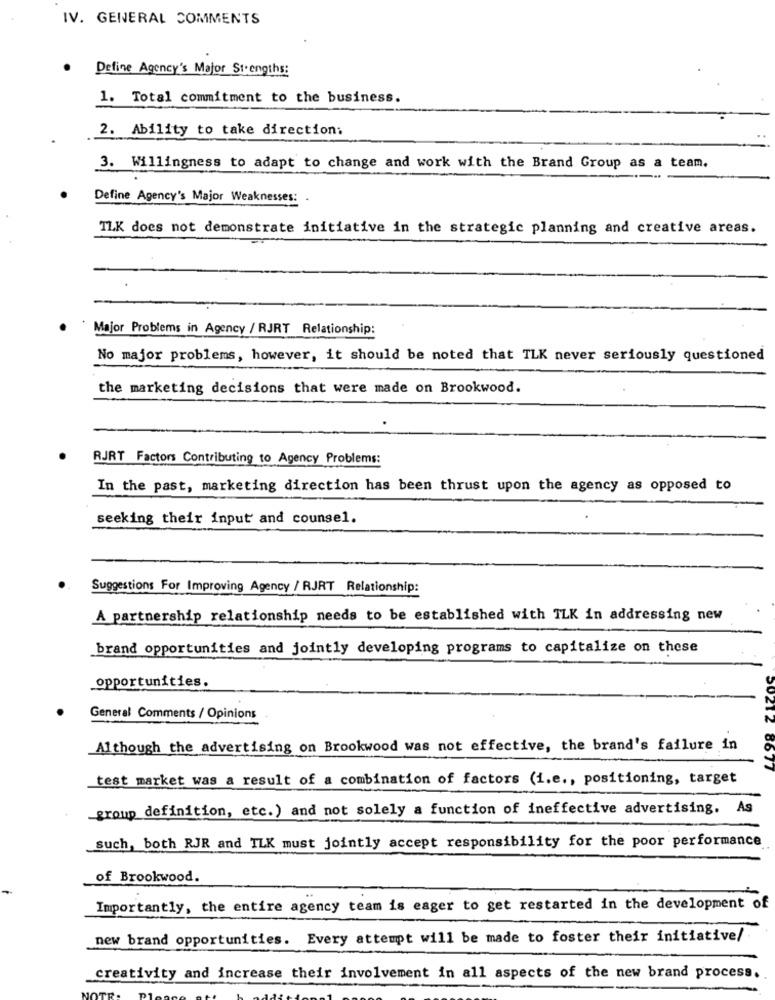
IV. GENERAL COMMENTS
.
Define Agency's Major Strengths:
1. Total commitment to the business.
2. Ability to take direction:
3. Willingness to adapt to change and work with the Brand Group as a team.
Define Agency's Major Weaknesses:
TLK does not demonstrate initiative in the strategic planning and creative areas.
Major Problems in Agency / RJRT Relationship:
No major problems, however, it should be noted that TLK never seriously questioned
the marketing decisions that were made on Brookwood.
RJRT Factors Contributing to Agency Problems:
In the past, marketing direction has been thrust upon the agency as opposed to
seeking their input and counsel.
Suggestions For Improving Agency / RJRT Relationship:
A partnership relationship needs to be established with TLK in addressing new
brand opportunities and jointly developing programs to capitalize on these
opportunities.
General Comments / Opinions
Although the advertising on Brookwood was not effective, the brand's failure in
2021Z 8677
test market was a result of a combination of factors (i.e ., positioning, target
group definition, etc.) and not solely a function of ineffective advertising, As
such, both RJR and ILK must jointly accept responsibility for the poor performance
of Brookwood.
Importantly, the entire agency team is eager to get restarted in the development of
new brand opportunities. Every attempt will be made to foster their initiative/
creativity and increase their involvement in all aspects of the new brand process.